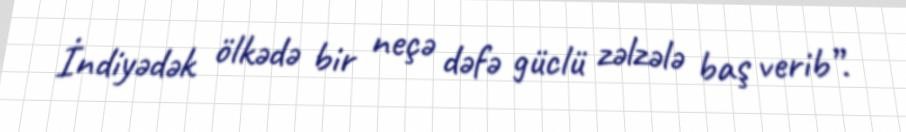
İndiyədək ölkədə bir neçə dəfə güclü zəlzələ baş verib”.